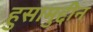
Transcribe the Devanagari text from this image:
हुसामुद्दीन